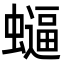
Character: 𮕂